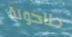
طاحونة